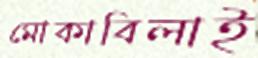
মোকাবিলাই